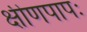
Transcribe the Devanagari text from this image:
क्षीणपापः